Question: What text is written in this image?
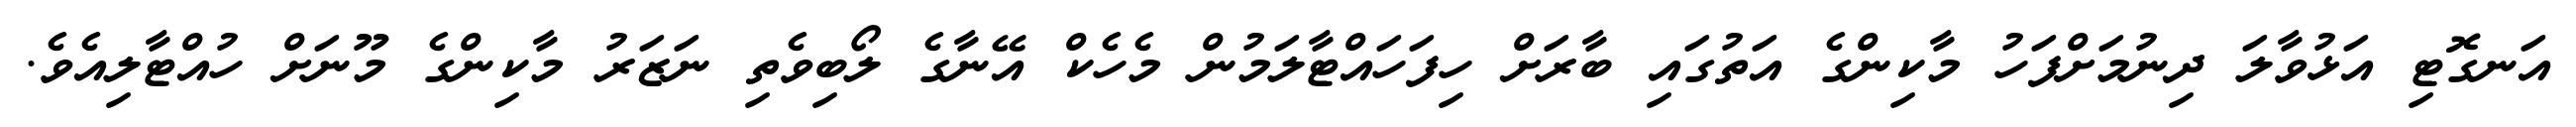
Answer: އަނގޮޓި އަޅުވާލަ ދިނުމަށްފަހު މާކިންގެ އަތުގައި ބާރަށް ހިފަހައްޓާލަމުން މެހެކް އޭނާގެ ލޯބިވެތި ނަޒަރު މާކިންގެ މޫނަށް ހުއްޓާލިއެވެ.